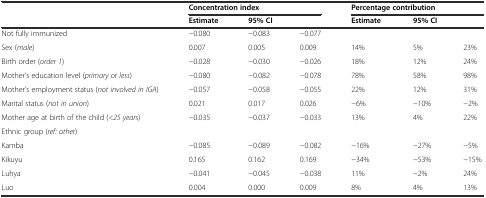
<table><thead><tr><td></td><td colspan="3"><b>Concentration index</b></td><td colspan="3"><b>Percentage contribution</b></td></tr><tr><td></td><td><b>Estimate</b></td><td colspan="2"><b>95% CI</b></td><td><b>Estimate</b></td><td colspan="2"><b>95% CI</b></td></tr></thead><tbody><tr><td>Not fully immunized</td><td>−0.080</td><td>−0.083</td><td>−0.077</td><td></td><td></td><td></td></tr><tr><td>Sex (<i>male</i>)</td><td>0.007</td><td>0.005</td><td>0.009</td><td>14%</td><td>5%</td><td>23%</td></tr><tr><td>Birth order (<i>order 1</i>)</td><td>−0.028</td><td>−0.030</td><td>−0.026</td><td>18%</td><td>12%</td><td>24%</td></tr><tr><td>Mother&#x27;s education level (<i>primary or less</i>)</td><td>−0.080</td><td>−0.082</td><td>−0.078</td><td>78%</td><td>58%</td><td>98%</td></tr><tr><td>Mother&#x27;s employment status (<i>not involved in IGA</i>)</td><td>−0.057</td><td>−0.058</td><td>−0.055</td><td>22%</td><td>12%</td><td>31%</td></tr><tr><td>Marital status (<i>not in union</i>)</td><td>0.021</td><td>0.017</td><td>0.026</td><td>−6%</td><td>−10%</td><td>−2%</td></tr><tr><td>Mother age at birth of the child (<i>&lt;25 years</i>)</td><td>−0.035</td><td>−0.037</td><td>−0.033</td><td>13%</td><td>4%</td><td>22%</td></tr><tr><td>Ethnic group (<i>ref: other</i>)</td><td></td><td></td><td></td><td></td><td></td><td></td></tr><tr><td>Kamba</td><td>−0.085</td><td>−0.089</td><td>−0.082</td><td>−16%</td><td>−27%</td><td>−5%</td></tr><tr><td>Kikuyu</td><td>0.165</td><td>0.162</td><td>0.169</td><td>−34%</td><td>−53%</td><td>−15%</td></tr><tr><td>Luhya</td><td>−0.041</td><td>−0.045</td><td>−0.038</td><td>11%</td><td>−2%</td><td>24%</td></tr><tr><td>Luo</td><td>0.004</td><td>0.000</td><td>0.009</td><td>8%</td><td>4%</td><td>13%</td></tr></tbody></table>